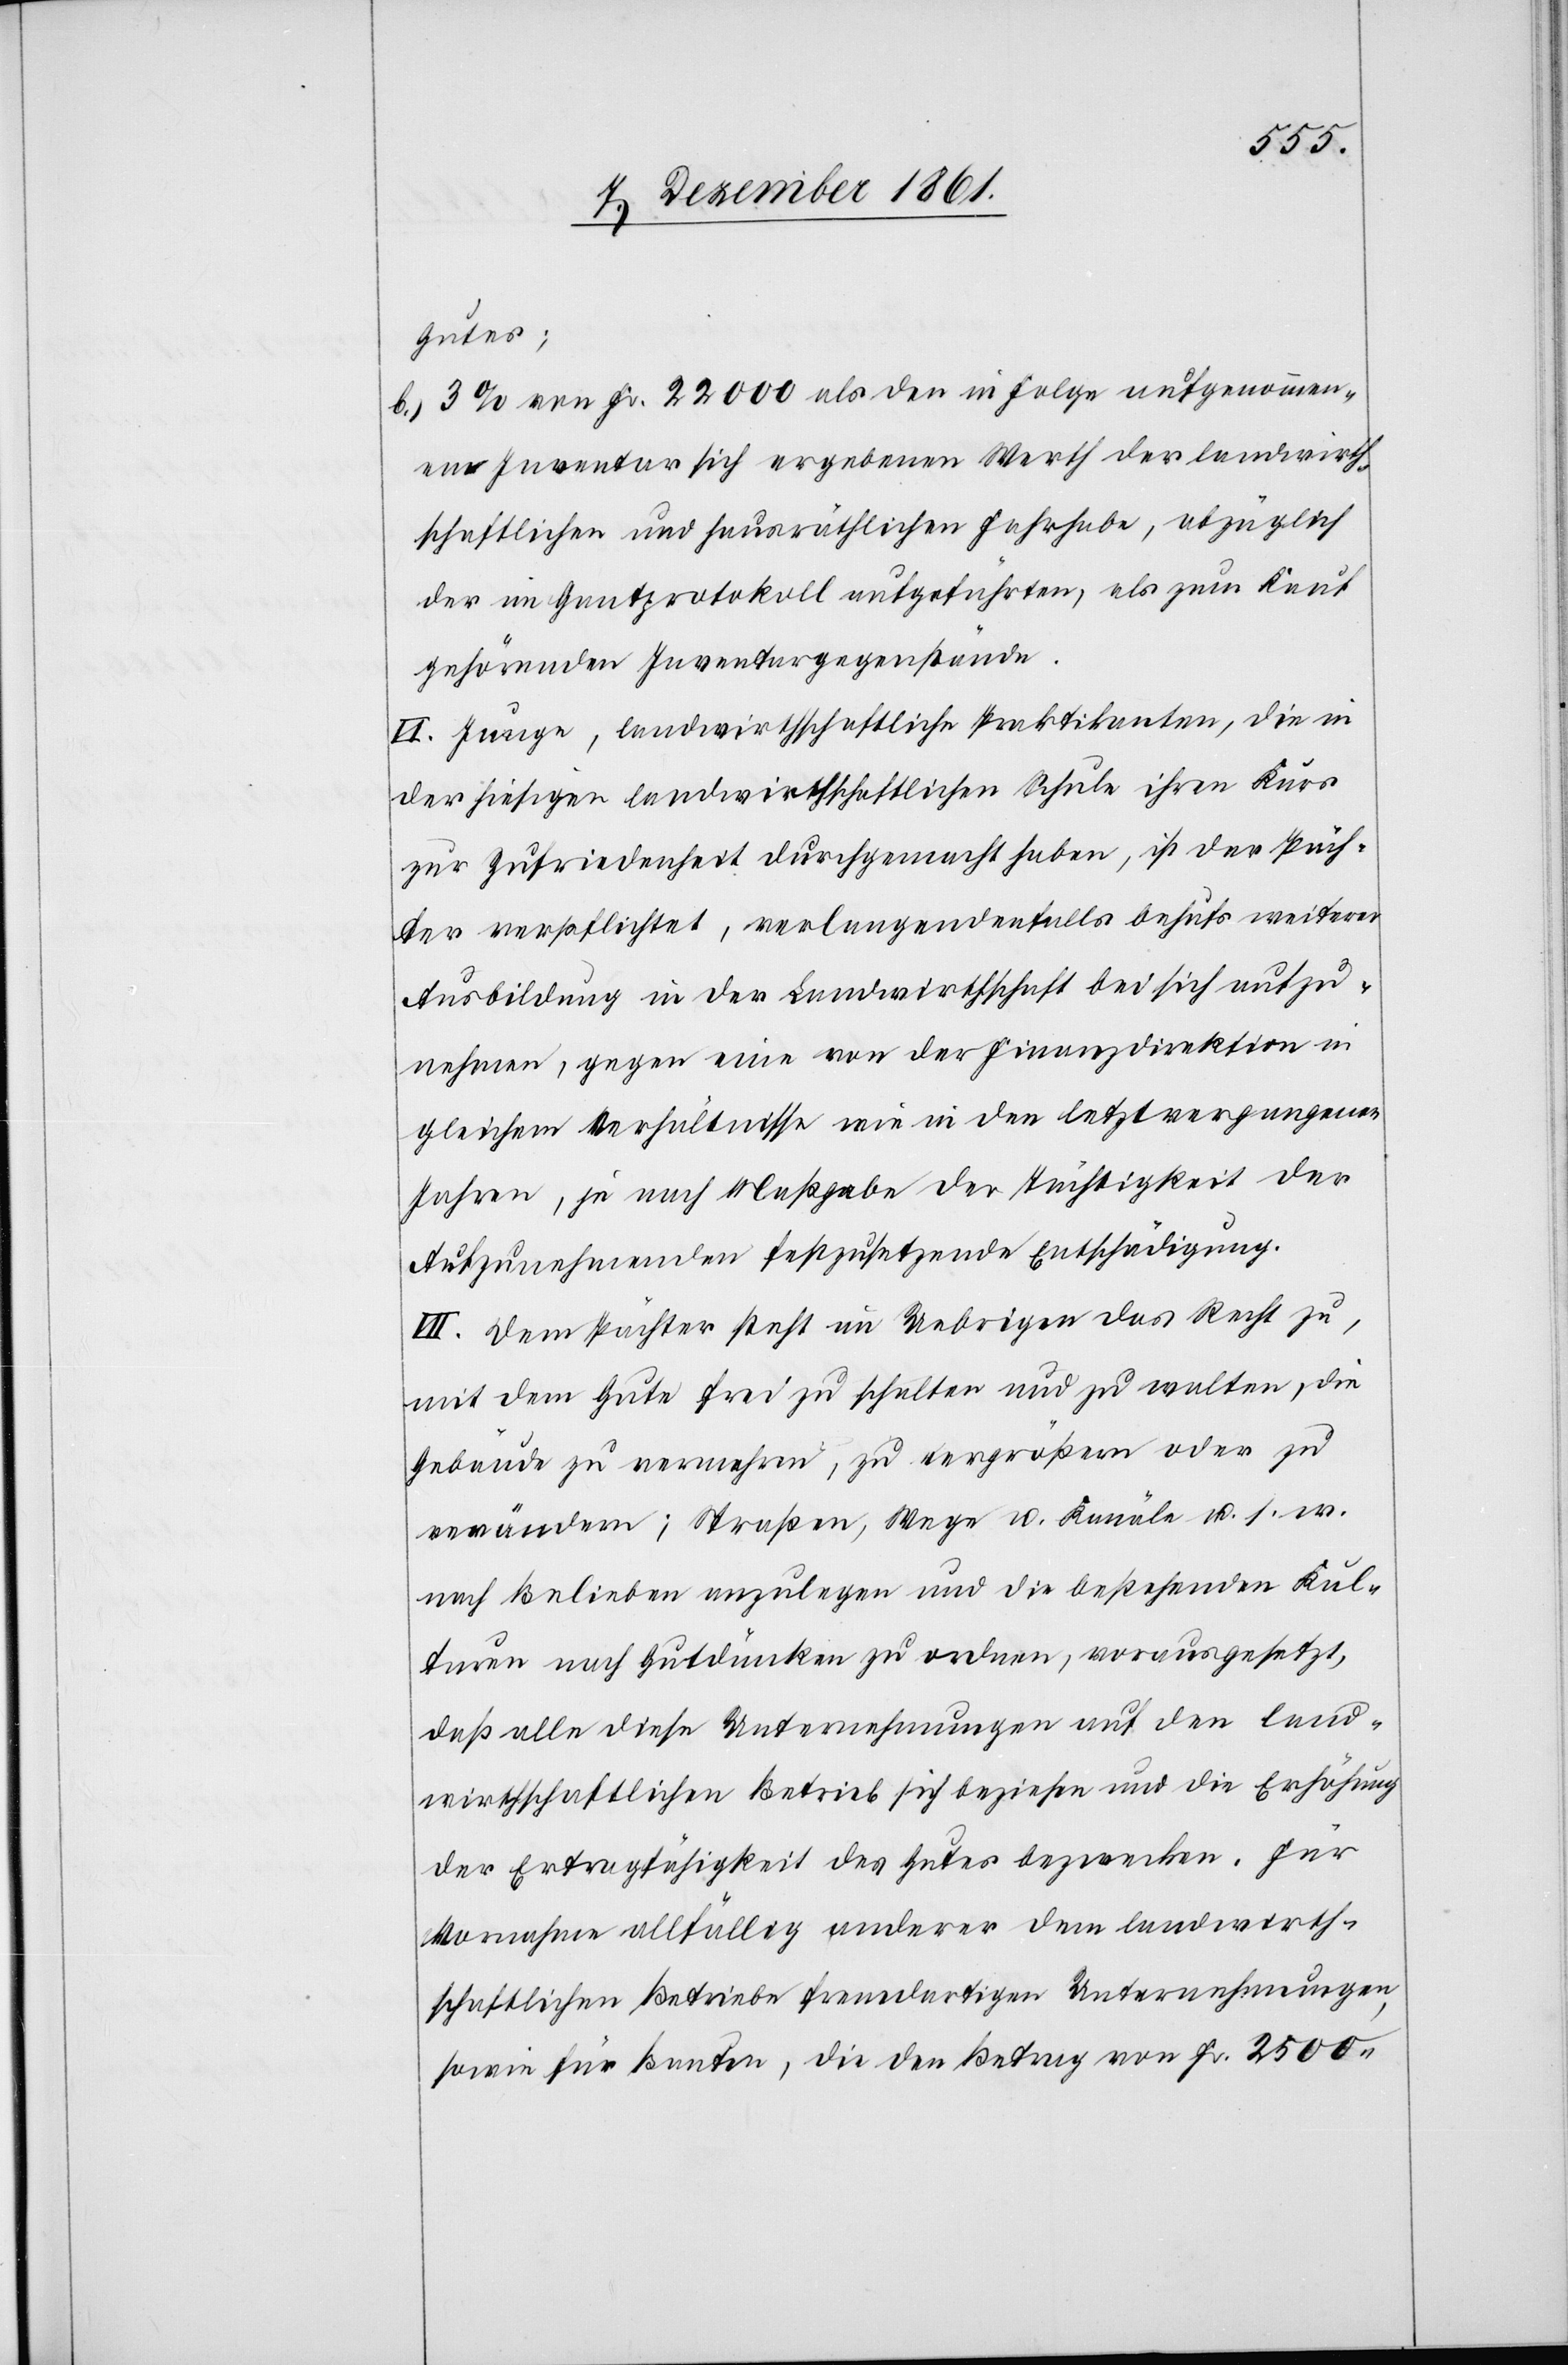
landwirth¬
b.) 3% von Fr. 22 000 als der in Folge aufgenommenem
schaftlichen und hausräthlichen Fahrhabe, abzüglich
der im Gantprotokoll aufgeführten, als zum Kauf
gehörenden Inventargegenstände.
VI. Junge, landwirthschaftliche Praktikanten, die in
der hiesigen landwirthschaftlichen Schule ihren Kurs
zur Zufriedenheit durchgemacht haben, ist der Päch¬
ter verpflichtet, verlangendenfalls behufs weiterer
Ausbildung in der Landwirthschaft bei sich aufzu¬
nehmen, gegen eine von der Finanzdirektion in
gleichem Verhältnisse wie in den letztvergangenen
Jahren, je nach Maßgabe der Tüchtigkeit der
Aufzunehmenden festzusetzende Entschädigung.
VII. Dem Pächter steht im Uebrigen das Recht zu,
mit dem Gute frei zu schalten und zu walten, die
Gebäude zu vermehren, zu vergrößern oder zu
verändern; Straßen, Wege u. Kanäle u. s. w.
nach Belieben anzulegen und die bestehenden Kul¬
turen nach Gutdünken zu ordnen, vorausgesetzt,
daß alle diese Unternehmungen auf den land¬
wirthschaftlichen Betrieb sich beziehen und die Erhöhung
der Ertragfähigkeit des Gutes bezwecken. Für
Vornahme allfällig anderer dem landwirth¬
schaftlichen Betriebe fremdartigen Unternehmungen,
sowie für Bauten, die den Betrag von Fr. 2500